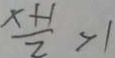
\frac { x + 1 } { 2 } > 1